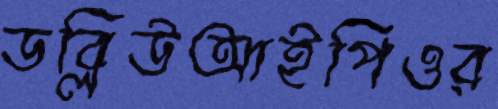
ডব্লিউআইপিওর